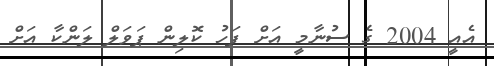
އެއީ 2004 ގެ ސުނާމީ އަށް ފަހު ކޮލިން ޕަވަލް ލަންކާ އަށް